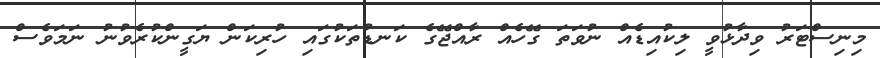
މިނިސްޓަރު ވިދާޅުވީ ލިކުއިޑެއް ނުވަތަ ގޭހެއް ރާއްޖޭގެ ކަނޑުތަކުގައި ހުރިކަން ޔަގީންކުރެވުނު ނަމަވެސް